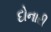
દોનારી